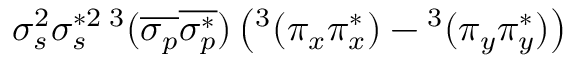
\sigma _ { s } ^ { 2 } \sigma _ { s } ^ { * 2 } { } \, ^ { 3 } ( \overline { { \sigma _ { p } } } \overline { { \sigma _ { p } ^ { * } } } ) \left( ^ 3 ( \pi _ { x } \pi _ { x } ^ { * } ) - { } ^ { 3 } ( \pi _ { y } \pi _ { y } ^ { * } ) \right)